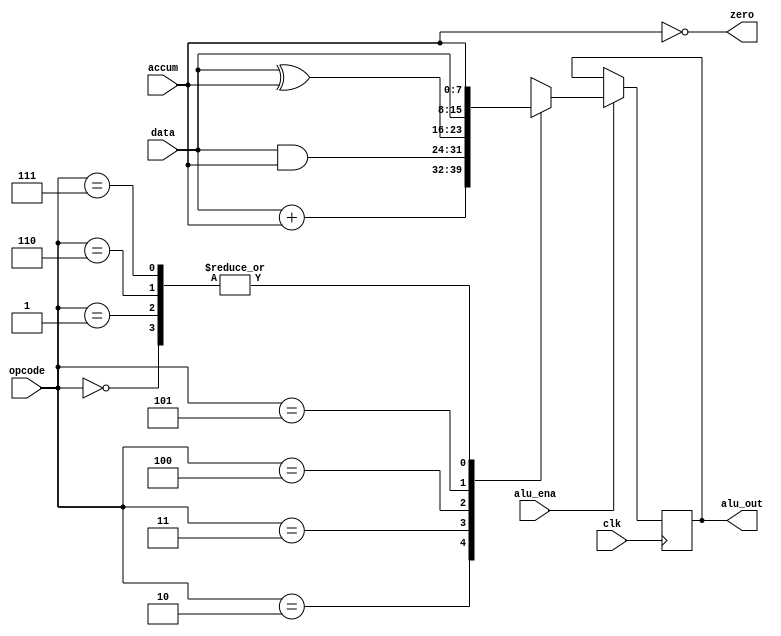
`timescale 1 ns / 1 ns
module alu(clk,alu_out,zero,data,accum,alu_ena,opcode);
input clk;
output [7:0] alu_out;
output zero;
input [7:0]data,accum;
input [2:0] opcode;
input alu_ena;
reg [7:0] alu_out;

parameter HLT   = 3'b000,
          SKZ   = 3'd1,
			 ADD   = 3'd2,
			 ANDD  = 3'd3,
			 XORR  = 3'd4,
			 LDA   = 3'd5,
			 STO   = 3'd6,
			 JMP   = 3'd7;
			 
assign zero =! accum;
always @(posedge clk)
  if(alu_ena)
  begin
  casex(opcode)
  HLT:alu_out <= accum;
  SKZ:alu_out <= accum;
  ADD:alu_out <= data+accum;
  ANDD:alu_out <=data&accum;
  XORR:alu_out <=data^accum;
  LDA:alu_out <= data;
  STO:alu_out <=accum;
  JMP:alu_out <=accum;
  default:alu_out <=8'hxx;
  endcase
  end
  endmodule